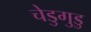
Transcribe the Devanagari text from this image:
चेडुगुडु